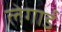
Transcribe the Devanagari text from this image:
लेगार्ड